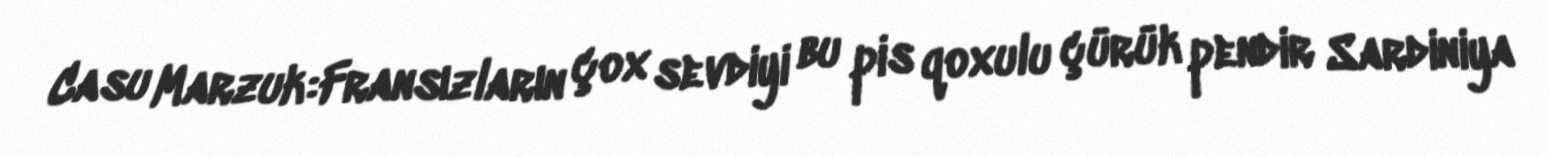
Casu Marzuk:Fransızların çox sevdiyi bu pis qoxulu çürük pendir Sardiniya